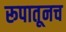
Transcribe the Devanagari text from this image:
रूपातूनच